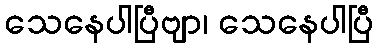
သေနေပါပြီဗျာ၊ သေနေပါပြီ